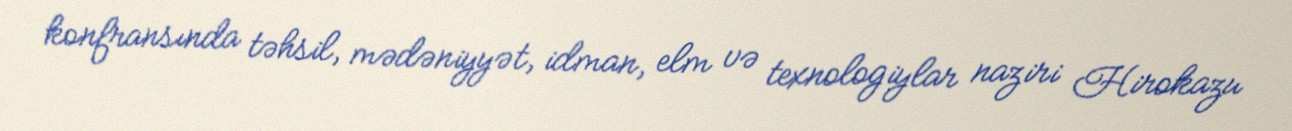
konfransında təhsil, mədəniyyət, idman, elm və texnologiylar naziri Hirokazu